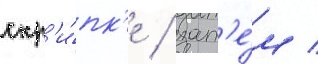
скр'и́пк'е / зат'е́м /